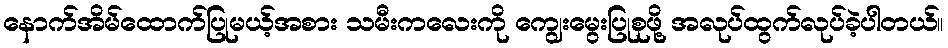
နောက်အိမ်ထောက်ပြုမယ့်အစား သမီးကလေးကို ကျွေးမွေးပြုစုဖို့ အလုပ်ထွက်လုပ်ခဲ့ပါတယ်။